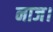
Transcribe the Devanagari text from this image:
नाज।